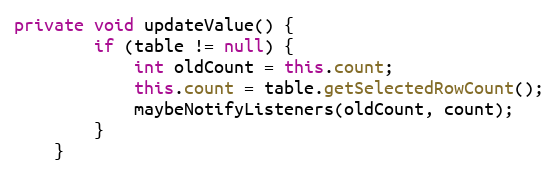
Language: Java
private void updateValue() {
        if (table != null) {
            int oldCount = this.count;
            this.count = table.getSelectedRowCount();
            maybeNotifyListeners(oldCount, count);
        }
    }